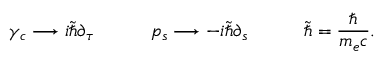
\gamma _ { c } \longrightarrow i { \widetilde { \hbar } } \partial _ { \tau } \qquad \quad p _ { s } \longrightarrow - i { \widetilde { \hbar } } \partial _ { s } \qquad \quad { \widetilde { \hbar } } = { \frac { \hbar } { m _ { e } c } } .